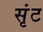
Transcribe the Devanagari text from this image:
सृंट